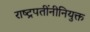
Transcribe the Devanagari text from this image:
राष्ट्रपतींनीनियुक्त